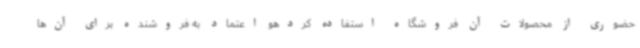
حضوری از محصولات آن فروشگاه استفاده کردهو اعتماد به فروشنده برای آن‌ها